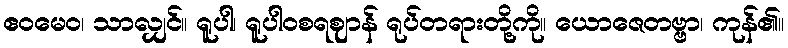
ဧဝမေဝ၊ သာလျှင်။ ရူပါ၊ ရူပါဝစရဈာန် ရုပ်တရားတို့ကို။ ယောဇေတဗ္ဗာ၊ ကုန်၏။